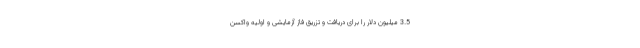
3.5 میلیون دلار را برای دریافت و تزریق فاز آزمایشی و اولیه واکسن